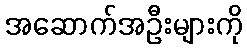
အဆောက်အဦးများကို